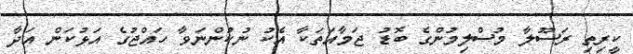
ކީރިތި ރަސޫލާ މުސްލިމުންގެ ބޮޑު ޖަމާއަތަކާ އެކު ނުކުންނަވާ ހައްޖުގެ އަޅުކަން އަދާ